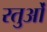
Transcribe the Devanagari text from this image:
रतुओं